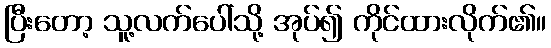
ပြီးတော့ သူ့လက်ပေါ်သို့ အုပ်၍ ကိုင်ထားလိုက်၏။